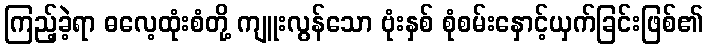
ကြည့်ခဲ့ရာ ဓလေ့ထုံးစံတို့ ကျူးလွန်သော ဗုံးနှစ် စုံစမ်းနှောင့်ယှက်ခြင်းဖြစ်၏